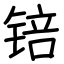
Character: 锫